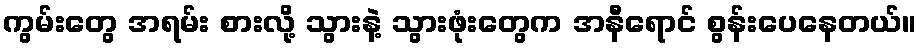
ကွမ်းတွေ အရမ်း စားလို့ သွားနဲ့ သွားဖုံးတွေက အနီရောင် စွန်းပေနေတယ်။